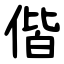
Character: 偕